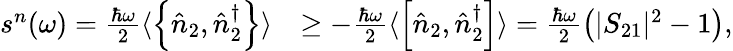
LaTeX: \begin{array}{rl}{s^{n}(\omega)=\frac{\hbar\omega}{2}\langle\left\{ \hat{n}_{2},\hat{n}_{2}^{\dagger}\right\} \rangle}&{\ge-\frac{\hbar\omega}{2}\langle\left[\hat{n}_{2},\hat{n}_{2}^{\dagger}\right]\rangle=\frac{\hbar\omega}{2}\left(|S_{21}|^{2}-1\right),}\end{array}